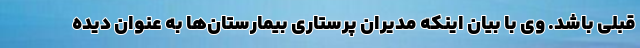
قبلی باشد. وی با بیان اینکه مدیران پرستاری بیمارستان‌ها به عنوان دیده